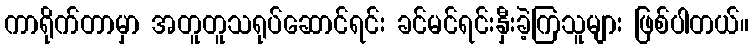
ကာရိုက်တာမှာ အတူတူသရုပ်ဆောင်ရင်း ခင်မင်ရင်းနှီးခဲ့ကြသူများ ဖြစ်ပါတယ်။